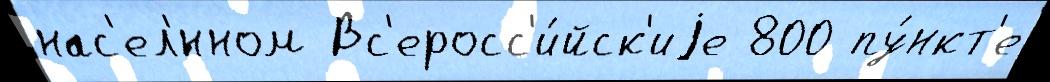
нас'ел'́нном Вс'еросс'и́йск'иjе 800 пу́нкт'е